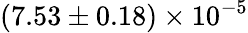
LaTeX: (7.53\pm 0.18)\times 10^{-5}